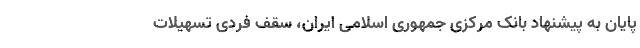
پایان به پیشنهاد بانک ‌مرکزی ‌جمهوری ‌اسلامی ‌ایران، سقف فردی تسهیلات